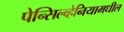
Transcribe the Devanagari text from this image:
पेन्सिल्व्हेनियामधील